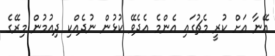
އޭނާ އަށް ކުރީ މެޗުގައި އެންމެ އެދެވޭ ކުޅުން ނުދެއްކި ދިއުމުން މިރޭގެ